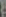
: